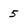
Character: 5